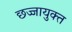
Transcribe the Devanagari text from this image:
छज्जायुक्त